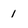
Character: 1